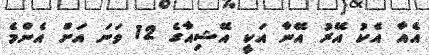
އެއާ އެކު އޭރު އޭނާ އަކީ އޭޝިއާގެ 12 ވަނަ އަށް އެންމެ